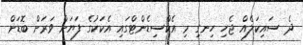
ދެ ސައިކަލެއް ޖެހި ހިނގި މި އެކްސިޑެންޓްގައި އެކަކުގެ ފަޔަށް ވަރަށް ބޮޑަށް